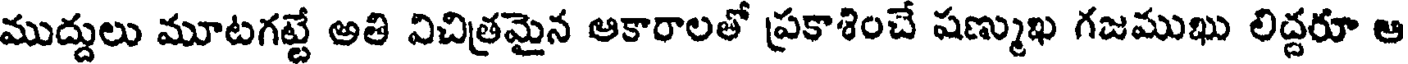
ముద్దులు మూటగట్టే అతి విచిత్రమైన ఆకారాలతో ప్రకాశించే షణ్ముఖ గజముఖు లిద్దరూ ఆ